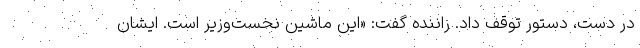
در دست، دستور توقف داد. راننده گفت: «این ماشین نخست‌وزیر است. ایشان